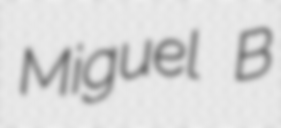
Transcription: Miguel B